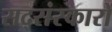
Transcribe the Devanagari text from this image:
सद्संस्कारों